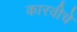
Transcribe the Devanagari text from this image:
कारवीचे